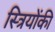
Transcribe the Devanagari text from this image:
स्त्रियोंकी